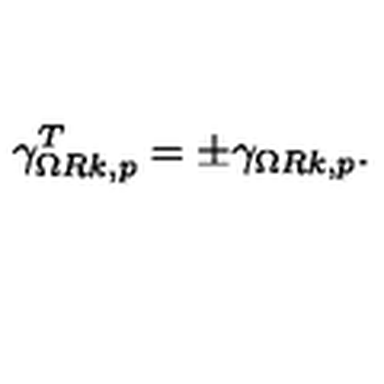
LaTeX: \gamma _ { \Omega R k , p } ^ { T } = \pm \gamma _ { \Omega R k , p } .